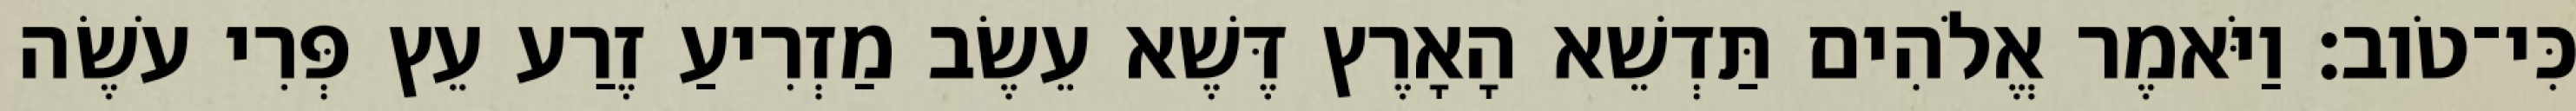
כִּי־טֹוב׃ וַיֹּאמֶר אֱלֹהִים תַּדְשֵׁא הָאָרֶץ דֶּשֶׁא עֵשֶׂב מַזְרִיעַ זֶרַע עֵץ פְּרִי עֹשֶׂה